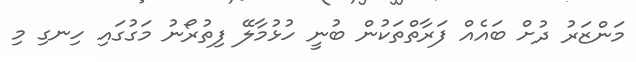
މަންޒަރު ދުށް ބައެއް ފަރާތްތަކުން ބުނީ ހުޅުމާލޭ ފިތުރޯނު މަގުގައި ހިނގި މި